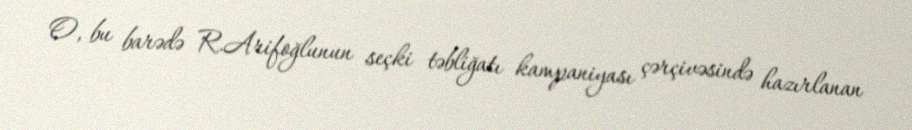
O, bu barədə R.Arifoğlunun seçki təbliğatı kampaniyası çərçivəsində hazırlanan